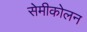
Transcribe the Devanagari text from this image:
सेमीकोलन